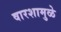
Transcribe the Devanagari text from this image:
वारशामुळे